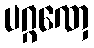
ပဂ္ဂဏှေ